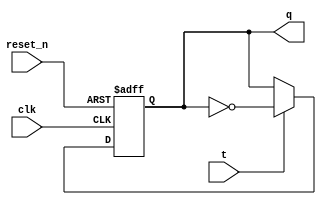
module tflipflop (
  input wire clk,      // Clock input
  input wire reset_n,  // Active-low asynchronous reset
  input wire t,        // Toggle input
  output reg q         // Data output
);

  always @(posedge clk or negedge reset_n) begin
    if (!reset_n) begin
      // Reset condition
      q <= 1'b0; // or any other default value
    end else begin
      // T flip-flop operation
      if (t) begin
        // Toggle condition
        q <= ~q;
      end
    end
  end

endmodule